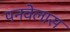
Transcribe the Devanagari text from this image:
पनवेलास